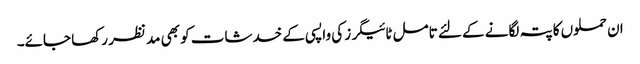
ان حملوں کا پتہ لگانے کے لئے تامل ٹائیگرز کی واپسی کے خدشات کو بھی مد نظر رکھا جائے۔